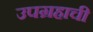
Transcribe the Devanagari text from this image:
उपग्रहाची